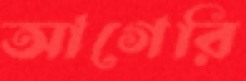
আগেরি